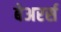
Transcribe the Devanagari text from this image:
बेअरर्स